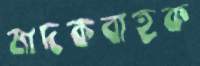
মাদকবাহক